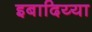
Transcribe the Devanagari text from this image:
इबादिय्या